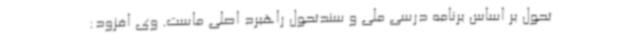
تحول بر اساس برنامه درسی ملی و سندتحول راهبرد اصلی ماست. وی افزود: